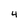
Character: 4